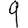
Digit: 9